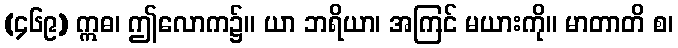
(၄၆၉) ဣဓ၊ ဤလောက၌။ ယာ ဘရိယာ၊ အကြင် မယားကို။ မာတာတိ စ၊